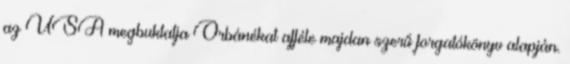
az USA megbuktatja Orbánékat afféle majdan szerű forgatókönyv alapján.